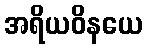
အရိယဝိနယေ